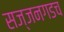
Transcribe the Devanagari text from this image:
सज्जनगडच